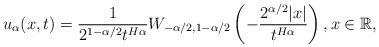
\begin{align*}u_{\alpha}(x,t)=\frac{1}{2^{1-\alpha/2}t^{H\alpha}}W_{-\alpha/2, 1-\alpha/2}\left(-\frac{2^{\alpha/2}|x|}{t^{H\alpha}}\right), x \in \mathbb{R},\end{align*}